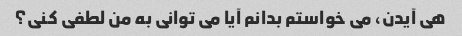
هی آیدن، می خواستم بدانم آیا می توانی به من لطفی کنی؟